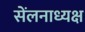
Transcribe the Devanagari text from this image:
सेंलनाध्यक्ष